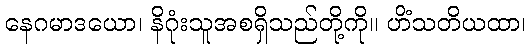
နေဂမာဒယော၊ နိဂုံးသူအစရှိသည်တို့ကို။ ဟိံသတိယထာ၊